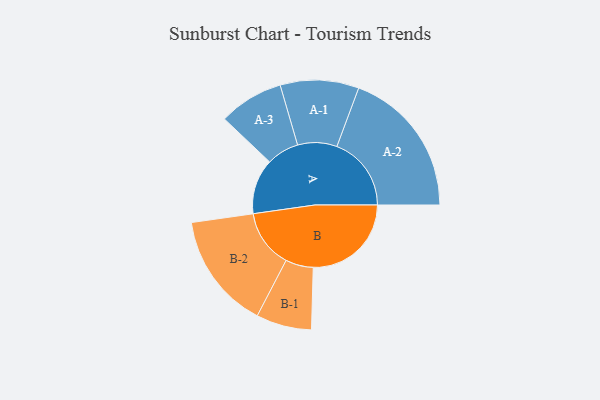
{"axis": {"x": "Segment", "y": "Value"}, "legend": ["", "A", "B"], "data": [{"x": "A", "y": 201, "type": ""}, {"x": "B", "y": 357, "type": ""}, {"x": "A-1", "y": 143, "type": "A"}, {"x": "A-2", "y": 271, "type": "A"}, {"x": "A-3", "y": 118, "type": "A"}, {"x": "B-1", "y": 101, "type": "B"}, {"x": "B-2", "y": 212, "type": "B"}]}